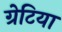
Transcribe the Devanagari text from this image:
ग्रेटिया